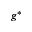
g ^ { * }